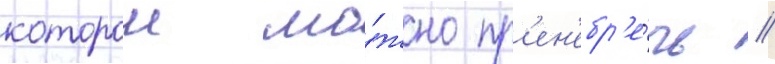
которои мо́жно пр'ен'ебр'е́чь //